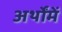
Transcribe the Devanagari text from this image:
अर्थोंमें